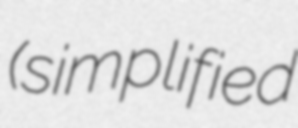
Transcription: (simplified